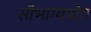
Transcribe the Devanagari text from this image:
सौभाग्ययोग